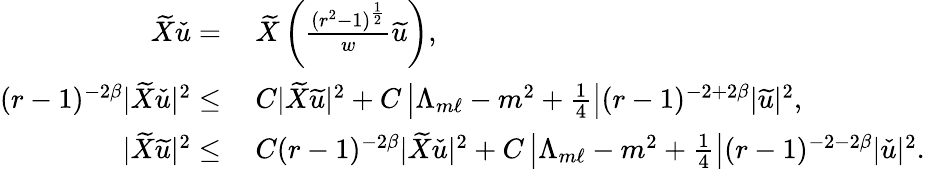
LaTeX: \begin{array}{rl}{\widetilde{X}\check{u}=}&{\: \widetilde{X}\left(\frac{(r^{2}-1)^{\frac{1}{2}}}{w}\widetilde{u}\right),}\\ {(r-1)^{-2\beta}|\widetilde{X}\check{u}|^{2}\leq}&{\: C|\widetilde{X}\widetilde{u}|^{2}+C\left|\Lambda_{m\ell}-m^{2}+\frac{1}{4}\right|(r-1)^{-2+2\beta}|\widetilde{u}|^{2},}\\ {|\widetilde{X}\widetilde{u}|^{2}\leq}&{\: C(r-1)^{-2\beta}|\widetilde{X}\check{u}|^{2}+C\left|\Lambda_{m\ell}-m^{2}+\frac{1}{4}\right|(r-1)^{-2-2\beta}|\check{u}|^{2}.}\end{array}